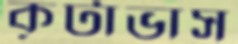
কূটাভাস